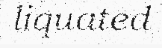
liquated